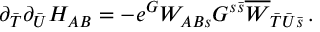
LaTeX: \partial _ { \bar { T } } \partial _ { \bar { U } } H _ { A B } = - e ^ { G } W _ { A B s } G ^ { s { \bar { s } } } \overline { { { W } } } _ { { \bar { T } } { \bar { U } } { \bar { s } } } \, .